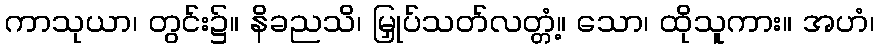
ကာသုယာ၊ တွင်း၌။ နိခညသိ၊ မြှုပ်သတ်လတ္တံ့။ သော၊ ထိုသူကား။ အဟံ၊